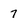
Character: 7